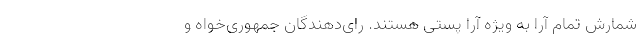
شمارش تمام آرا به ویژه آرا پستی هستند. رای‌دهندگان جمهوری‌خواه و